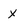
Character: x